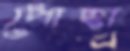
পোহা